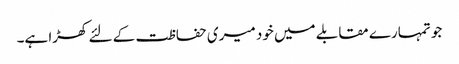
جو تمہارے مقابلے میں خود میری حفاظت کے لئے کھڑا ہے۔